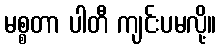
မစ္စတာ ပါတီ ကျင်းပမလို့။